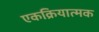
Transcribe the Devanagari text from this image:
एकक्रियात्मक